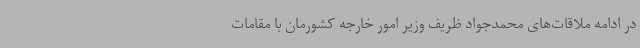
در ادامه ملاقات‌های محمدجواد ظریف وزیر امور خارجه کشورمان با مقامات